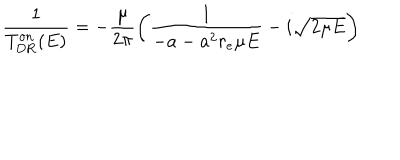
\frac { 1 } { T _ { \mathrm { D R } } ^ { \mathrm { o n } } ( E ) } = - \frac { \mu } { 2 \pi } \left( \frac { 1 } { - a - a ^ { 2 } r _ { e } \mu E } - i \sqrt { 2 \mu E } \right)